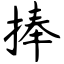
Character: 捧